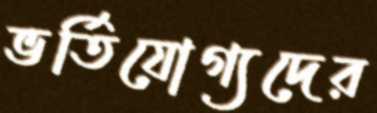
ভর্তিযোগ্যদের